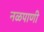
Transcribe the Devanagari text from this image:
नळपाणी